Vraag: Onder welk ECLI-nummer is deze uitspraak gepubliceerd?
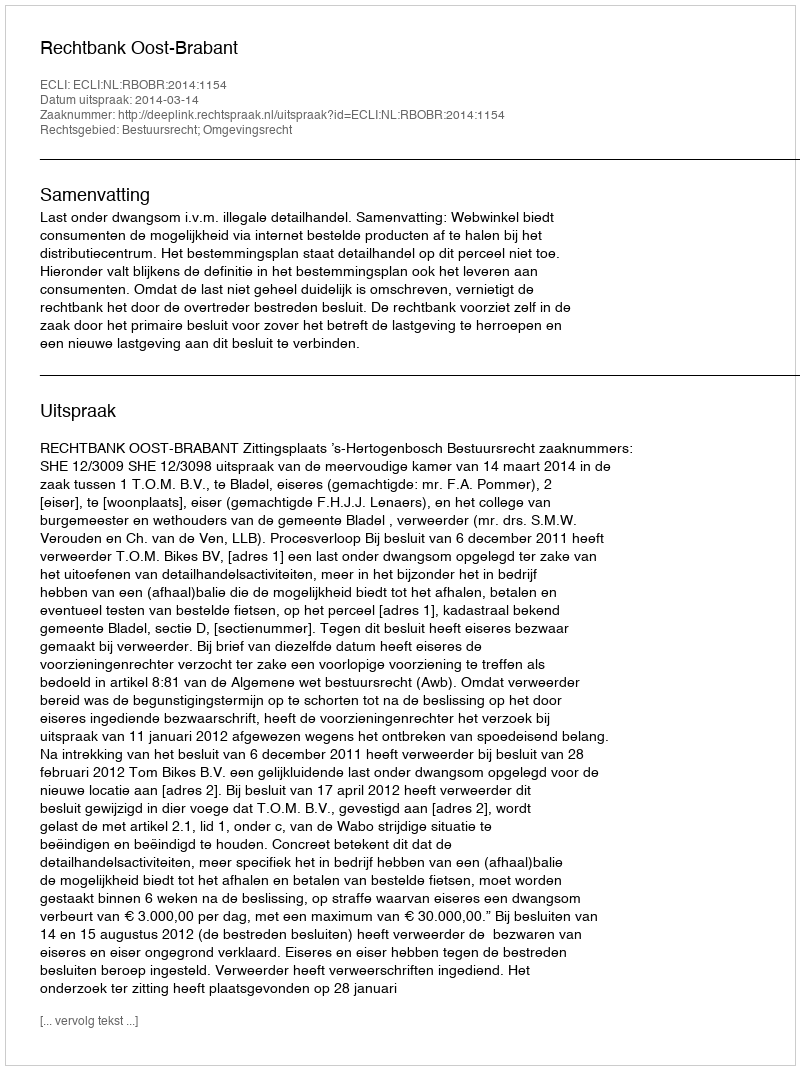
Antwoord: ECLI:NL:RBOBR:2014:1154